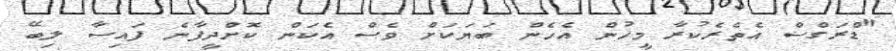
"ޑްރަގްސް އެތެރެކުރާ މީހުން އެހެން ބަޔަކަށް ވެސް އެކަން ކޮށްދީފާނެ ފައިސާ ލިބޭ